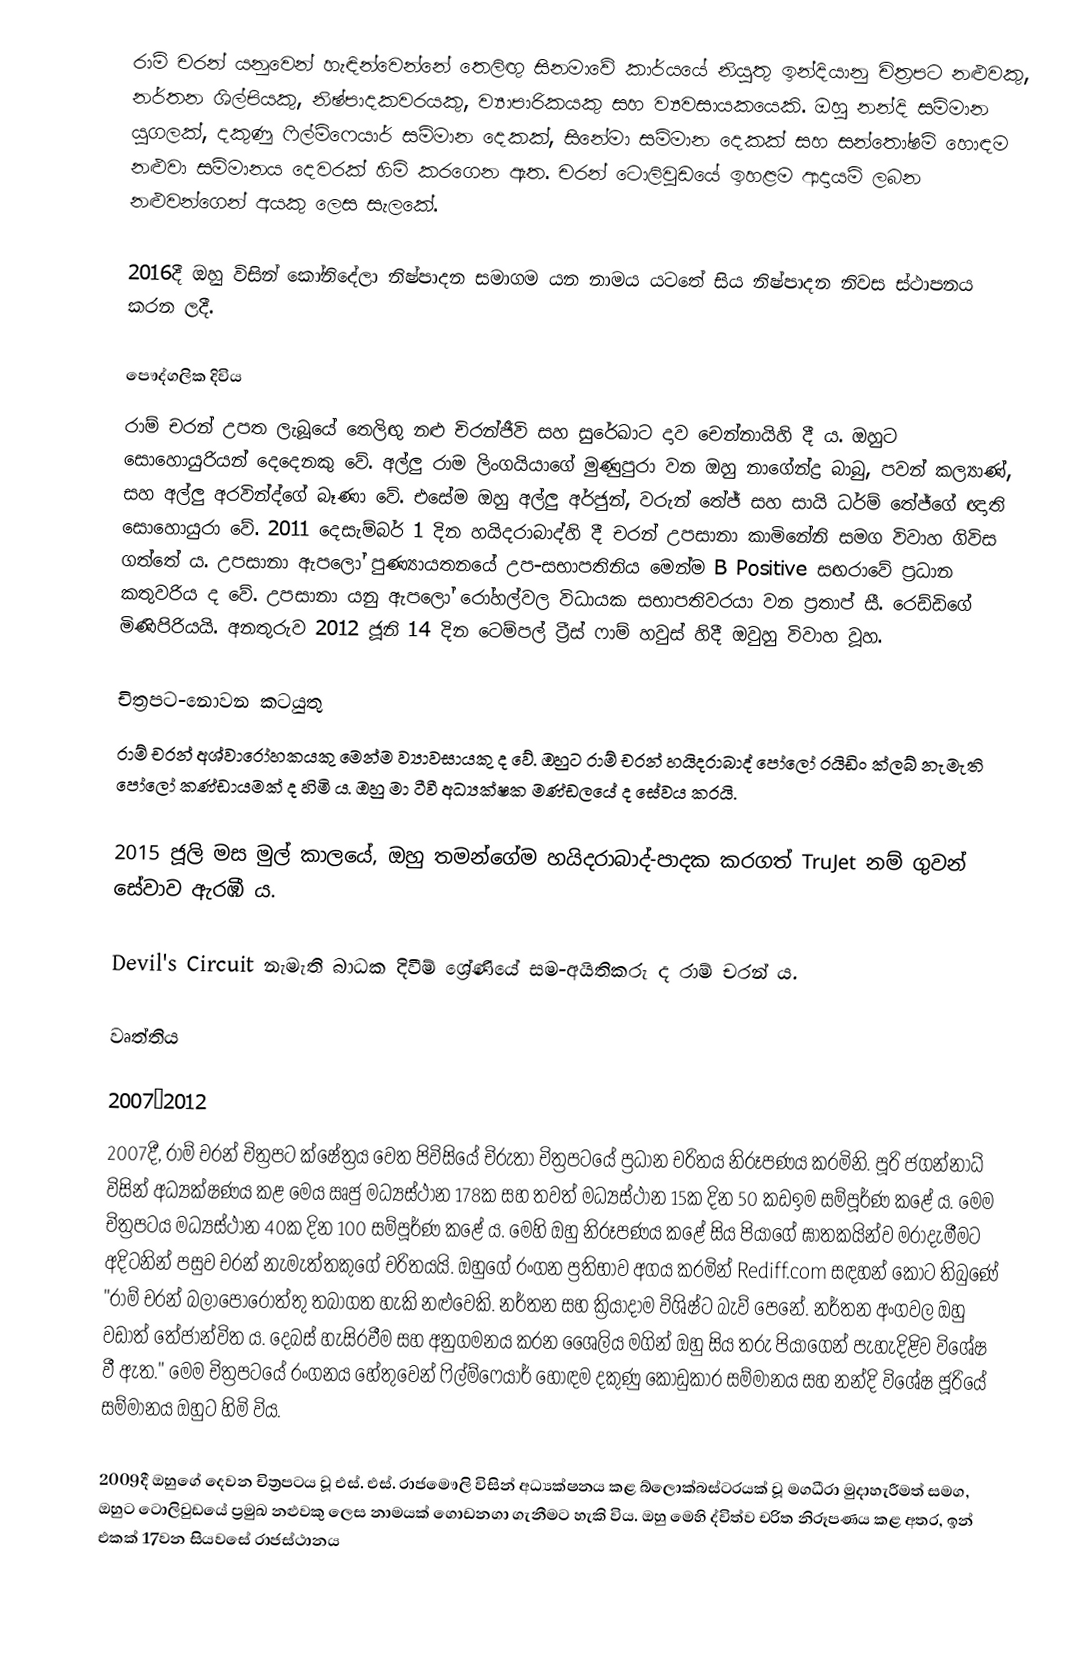
රාම් චරන්   යනුවෙන් හැඳින්වෙන්නේ තෙලිඟු සිනමාවේ කාර්යයේ නියුතු ඉන්දියානු චිත්‍රපට නළුවකු, නර්තන ශිල්පියකු, නිෂ්පාදකවරයකු, ව්‍යාපාරිකයකු සහ ව්‍යවසායකයෙකි. ඔහු  නන්දි සම්මාන යුගලක්, දකුණු ෆිල්ම්ෆෙයාර් සම්මාන දෙකක්, සිනේමා සම්මාන දෙකක් සහ සන්තෝෂම් හොඳම නළුවා සම්මානය දෙවරක් හිමි කරගෙන ඇත. චරන් ටොලිවුඩයේ ඉහළම ආදායම් ලබන නළුවන්ගෙන් අයකු ලෙස සැලකේ.

2016දී ඔහු විසින් කෝනිදේලා නිෂ්පාදන සමාගම යන නාමය යටතේ සිය නිෂ්පාදන නිවස ස්ථාපනය කරන ලදී.

පෞද්ගලික දිවිය
රාම් චරන් උපත ලැබූයේ තෙලිඟු නළු චිරන්ජීවි සහ සුරේඛාට දාව චෙන්නායිහි දී ය. ඔහුට සොහොයුරියන් දෙදෙනකු වේ. අල්ලු රාම ලිංගයියාගේ මුණුපුරා වන ඔහු නාගේන්ද්‍ර බාබු, පවන් කල්‍යාණ්, සහ අල්ලු අරවින්ද්ගේ බෑණා වේ. එසේම ඔහු අල්ලු අර්ජුන්, වරුන් තේජ් සහ සායි ධර්ම් තේජ්‍ගේ ඥාති සොහොයුරා වේ. 2011 දෙසැම්බර් 1 දින හයිදරාබාද්හි දී චරන් උපසානා කාමිනේනි සමග විවාහ ගිවිස ගත්තේ ය. උප‍සානා ඇපලෝ පුණ්‍යායතනයේ උප-සභාපතිනිය මෙන්ම B Positive සඟරාවේ ප්‍රධාන කතුවරිය ද වේ. උපසානා යනු ඇපලෝ රෝහල්වල විධායක සභාපතිවරයා වන ප්‍රතාප් සී. රෙඩ්ඩිගේ මිණිපිරියයි. අනතුරුව 2012 ජූනි 14 දින ටෙම්පල් ට්‍රීස් ෆාම් හවුස් හිදී ඔවුහු විවාහ වූහ.

චිත්‍රපට-නොවන කටයුතු
රාම් චරන් අශ්වාරෝහකයකු මෙන්ම ව්‍යාවසායකු ද වේ. ඔහුට රාම් චරන් හයිදරාබාද් පෝලෝ රයිඩිං ක්ලබ් නැමැති පෝලෝ කණ්ඩායමක් ද හිමි ය. ඔහු මා ටීවී අධ්‍යක්ෂක මණ්ඩලයේ ද සේවය කරයි.

2015 ජූලි මස මුල් කාලයේ, ඔහු තමන්ගේම හයිදරාබාද්-පාදක කරගත් TruJet නම් ගුවන් සේවාව ඇරඹී ය.

Devil's Circuit නැමැති බාධක දිවීම් ශ්‍රේණියේ සම-අයිතිකරු ද රාම් චරන් ය.

වෘත්තිය

2007–2012
2007දී, රාම් චරන් චිත්‍රපට ‍ක්ෂේත්‍රය වෙත පිවිසියේ චිරුතා චිත්‍රපටයේ ප්‍රධාන චරිතය නිරූපණය කරමිනි. පූරි ජගන්නාධ් විසින් අධ්‍යක්ෂණය කළ මෙය ඍජු මධ්‍යස්ථාන 178ක සහ තවත් මධ්‍යස්ථාන 15ක දින 50 කඩඉම සම්පූර්ණ කළේ ය. මෙම චිත්‍රපටය මධ්‍යස්ථාන 40ක දින 100 සම්පූර්ණ කළේ ය. මෙහි ඔහු නිරූපණය කළේ සිය පියාගේ ඝාතකයින්ව මරාදැමීමට අදිටනින් පසුව චරන් නැමැත්තකුගේ චරිතයයි. ඔහුගේ රංගන ප්‍රතිභාව අගය කරමින් Rediff.com සඳහන් කොට තිබුණේ "රාම් චරන් බලාපොරොත්තු තබාගත හැකි නළුවෙකි. නර්තන සහ ක්‍රියාදාම විශිෂ්ට බැව් පෙනේ. නර්තන අංගවල ඔහු වඩාත් තේජාන්විත ය. දෙබස් හැසිරවීම සහ අනුගමනය කරන ශෛලිය මගින් ඔහු සිය තරු පියාගෙන් පැහැදිළිව විශේෂ වී ඇත." මෙම චිත්‍රපටයේ රංගනය හේතුවෙන් ෆිල්ම්ෆෙයාර් හොඳම දකුණු කෝඩුකාර සම්මානය සහ නන්දි විශේෂ ජූරියේ සම්මානය ඔහුට හිමි විය.

2009දී ඔහුගේ දෙවන චිත්‍රපටය වූ එස්. එස්. රාජමෞලි විසින් අධ්‍යක්ෂනය කළ බ්ලොක්බස්ටරයක් වූ මගධීරා මුදාහැරීමත් සමග, ඔහුට ටොලිවුඩයේ ප්‍රමුඛ නළුවකු ලෙස නාමයක් ගොඩනගා ගැනීමට හැකි විය. ඔහු මෙහි ද්විත්ව චරිත නිරූපණය කළ අතර, ඉන් එකක් 17වන සියවසේ රාජස්ථානය